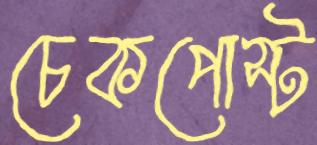
চেকপোস্ট